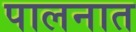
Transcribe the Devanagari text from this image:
पालनात